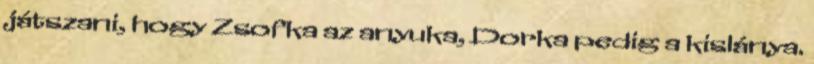
játszani, hogy Zsofka az anyuka, Dorka pedig a kislánya.